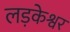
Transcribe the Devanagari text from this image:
लड़केश्वर